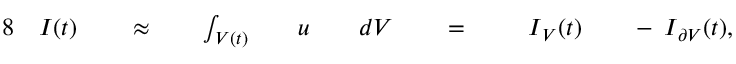
\begin{array} { r l r l r l r l r l r l r l r l } { { 8 } } & { { } \boldsymbol { I } ( t ) } & { } & { { } \approx } & { } & { { } \int _ { V ( t ) } } & { } & { { } \boldsymbol { u } } & { } & { { } d V } & { } & { { } = \; } & { } & { { } \; \boldsymbol { I } _ { V } ( t ) } & { } & { { } - \: \boldsymbol { I } _ { \partial V } ( t ) , } \end{array}